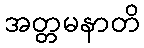
အတ္တမနာတိ